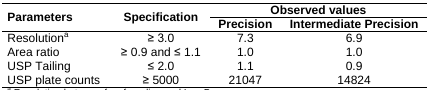
<table><thead><tr><td rowspan="2"><b>Parameters</b></td><td rowspan="2"><b>Specification</b></td><td colspan="2"><b>Observed values</b></td></tr><tr><td><b>Precision</b></td><td><b>Intermediate Precision</b></td></tr></thead><tbody><tr><td>Resolution<sup>a</sup></td><td>≥ 3.0</td><td>7.3</td><td>6.9</td></tr><tr><td>Area ratio</td><td>≥ 0.9 and ≤ 1.1</td><td>1.0</td><td>1.0</td></tr><tr><td>USP Tailing</td><td>≤ 2.0</td><td>1.1</td><td>0.9</td></tr><tr><td>USP plate counts</td><td>≥ 5000</td><td>21047</td><td>14824</td></tr></tbody></table>